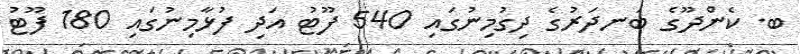
ބ. ކެންދޫގެ ބަނދަރުގެ ދިގުމިނުގައި 540 ފޫޓު އަދި ފުޅާމިނުގައި 180 ފޫޓު